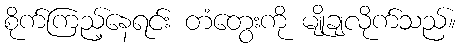
စိုက်ကြည့်နေရင်း တံတွေးကို မျိုချလိုက်သည်။